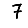
Digit: 7